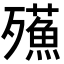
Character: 𣩷